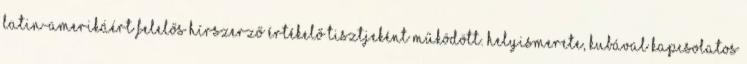
Latin-Amerikáért felelős hírszerző értékelő tisztjeként működött. Helyismerete, Kubával kapcsolatos